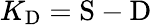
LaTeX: K_{\mathrm{D}}=\mathrm{S}-\mathrm{D}